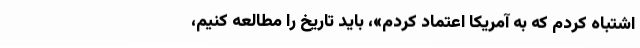
اشتباه کردم که به آمریکا اعتماد کردم»، باید تاریخ را مطالعه کنیم،